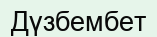
Дүзбембет